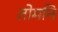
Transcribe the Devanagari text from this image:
तोमनि